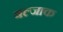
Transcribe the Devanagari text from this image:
बल्जाक